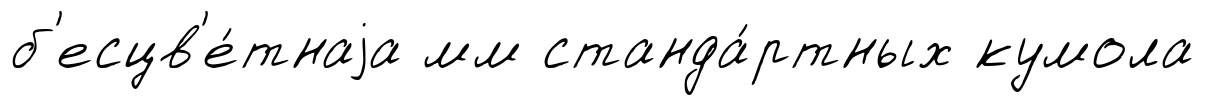
б'есцв'е́тнаjа мм станда́ртных кумола